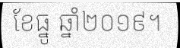
ខែធ្នូ ឆ្នាំ២០១៩។